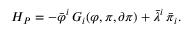
{ \cal H } _ { P } = - \bar { \varphi } ^ { i } \, G _ { i } ( \varphi , \pi , \partial \pi ) + \bar { \lambda } ^ { i } \, \bar { \pi } _ { i } .